Insane asylums in Bengal annual reports 1867-1875 - 1867-1875
Year: 1867
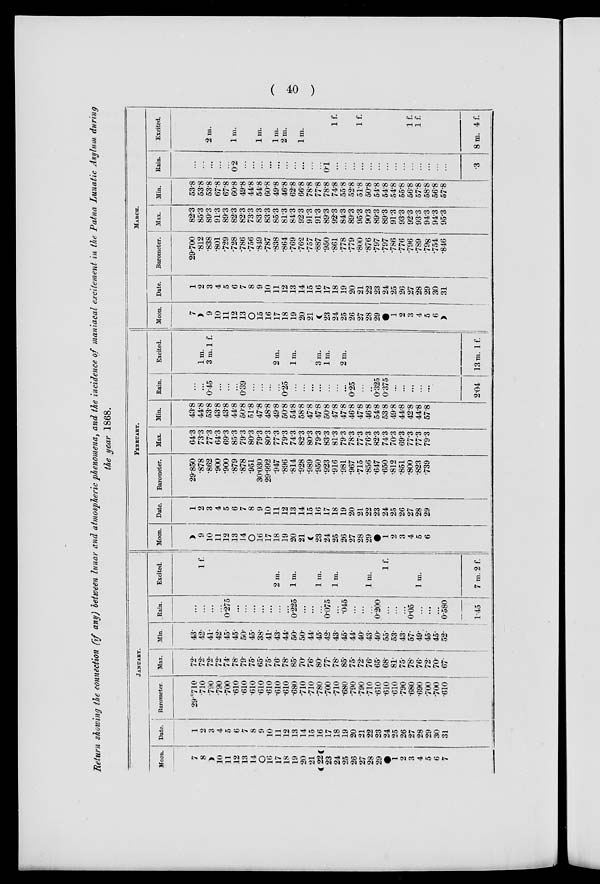
( 40 )
Return showing the connection (if any) between lunar and atmospheric phenomena, and the incidence of maniacal excitement in the Patna Lunatic Asylum during
the year 1868.
JANUARY.
Moon.
7
8
10
11
12
13
14
O
16
17
18
19
20
21
22
23
24
25
26
27
28
29
1
2
3
4
5
6
7
Date.
1
2
3
4
5
6
7
8
9
10
11
12
13
14
15
16
17
18
19
20
21
22
23
24
25
26
27
28
29
30
31
Barometer.
29.°710
.710
.790
.790
.700
.610
.610
.610
.610
.610
.610
.610
.680
.710
.710
.780
.700
.710
.680
.790
.790
.710
.610
.610
.610
.790
.680
.690
.700
.700
.610
Max.
72.
72.
72.
72.
74.
78.
79.
75.
65.
75.
76.
78.
85.
70.
76.
80.
77.
78.
85.
75.
72.
76.
65.
68.
81.
75.
78.
76.
72.
70.
67.
Min.
43.
42.
41.
42.
45.
45.
50.
45.
38.
41.
43.
44.
50.
50.
44.
45.
42.
43.
45.
44.
40.
43.
40.
55.
53.
43.
57.
49.
45.
45.
52.
Rain.
...
...
...
...
0.275
...
...
...
...
...
...
...
0.225
...
...
...
0.075
...
.045
...
...
...
0.200
...
...
...
0.05
...
...
...
0.580
1.45
Excited.
1 f.
2 m.
1 m.
1 m.
1 m.
1 m.
1 f.
1 m.
7 m.2 f.
FEBRUARY.
Moon.
9
10
11
12
13
14
16
17
18
19
20
21
23
24
25
26
27
28
29
1
2
3
4
5
6
Date.
1
2
3
4
5
6
7
8
9
10
11
12
13
14
15
16
17
18
19
20
21
22
23
24
25
26
27
28
29
Barometer.
29.850
.878
.862
.900
.900
.879
.878
.951
30.030
29.992
.947
.896
.814
.928
.989
.950
.923
.916
.981
.967
.715
.856
.647
.650
.812
.851
.800
.823
.739
Max.
64.3
73.3
77.3
64.3
69.3
85.3
79.3
80.3
79.3
80.3
77.3
79.3
74.3
82.3
80.3
79.3
83.3
81.3
79.3
78.3
77.3
76.3
82.3
74.3
70.3
69.3
77.3
77.3
79.3
Min.
43.8
44.8
53.8
43.8
43.8
44.8
50.8
51.8
47.8
48.8
49.8
50.8
54.8
58.8
47.8
47.8
50.8
47.8
47.8
46.8
47.8
46.8
54.8
53.8
49.8
44..8
42.8
44.8
57.8
Rain.
...
...
0.45
...
...
...
0.39
...
...
...
...
0.25
...
...
...
...
...
...
...
0.25
...
...
0.325
0.375
...
...
...
...
...
2.04
Excited.
1 m.
3 m. 1 f.
2 m.
1 m.
3 m.
1 m.
2 m.
13 m. 1 f.
MARCH.
Moon.
7
9
10
11
12
13
O
15
16
17
18
19
20
21
23
24
25
26
27
28
29
1
2
3
4
5
6
Date.
1
2
3
4
5
6
7
8
9
10
11
12
13
14
15
16
17
18
19
20
21
22
23
24
25
26
27
28
29
30
31
Barometer.
29.700
.812
.838
.801
.729
.728
.786
.756
.849
.787
.838
.864
.769
.762
.757
.887
.950
.861
.778
.779
.800
.876
.797
.797
.786
.776
.796
.789
.798
.754
.846
Max.
82.3
85.3
89.3
91.3
89.3
82.3
82.3
73.3
83.3
83.3
85.3
81.3
84.3
92.3
91.3
91.3
89.3
92.3
84.3
89.3
95.3
90.3
89.3
89.3
91.3
93.3
92.3
93.3
94.3
94.3
95.3
Min.
53.8
53.8
53.8
67.8
67.8
60.8
49.8
44.8
54.8
60.8
49.8
46.8
62.8
66.8
78.8
77.8
78.8
74.8
55.8
52.8
51.8
50.8
54.8
54.8
54.8
55.8
56.8
57.8
58.8
56.8
57.8
Rain.
...
...
...
...
...
0.2
...
...
...
...
...
...
...
...
...
...
0.1
...
...
...
...
...
...
...
...
...
...
...
...
...
...
.3
Excited.
2 m.
1 m.
1 m.
1 m.
2 m.
1 m.
1 f.
1 f.
1 f.
1 f.
8 m. 4 f.